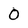
Character: O